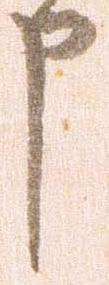
申